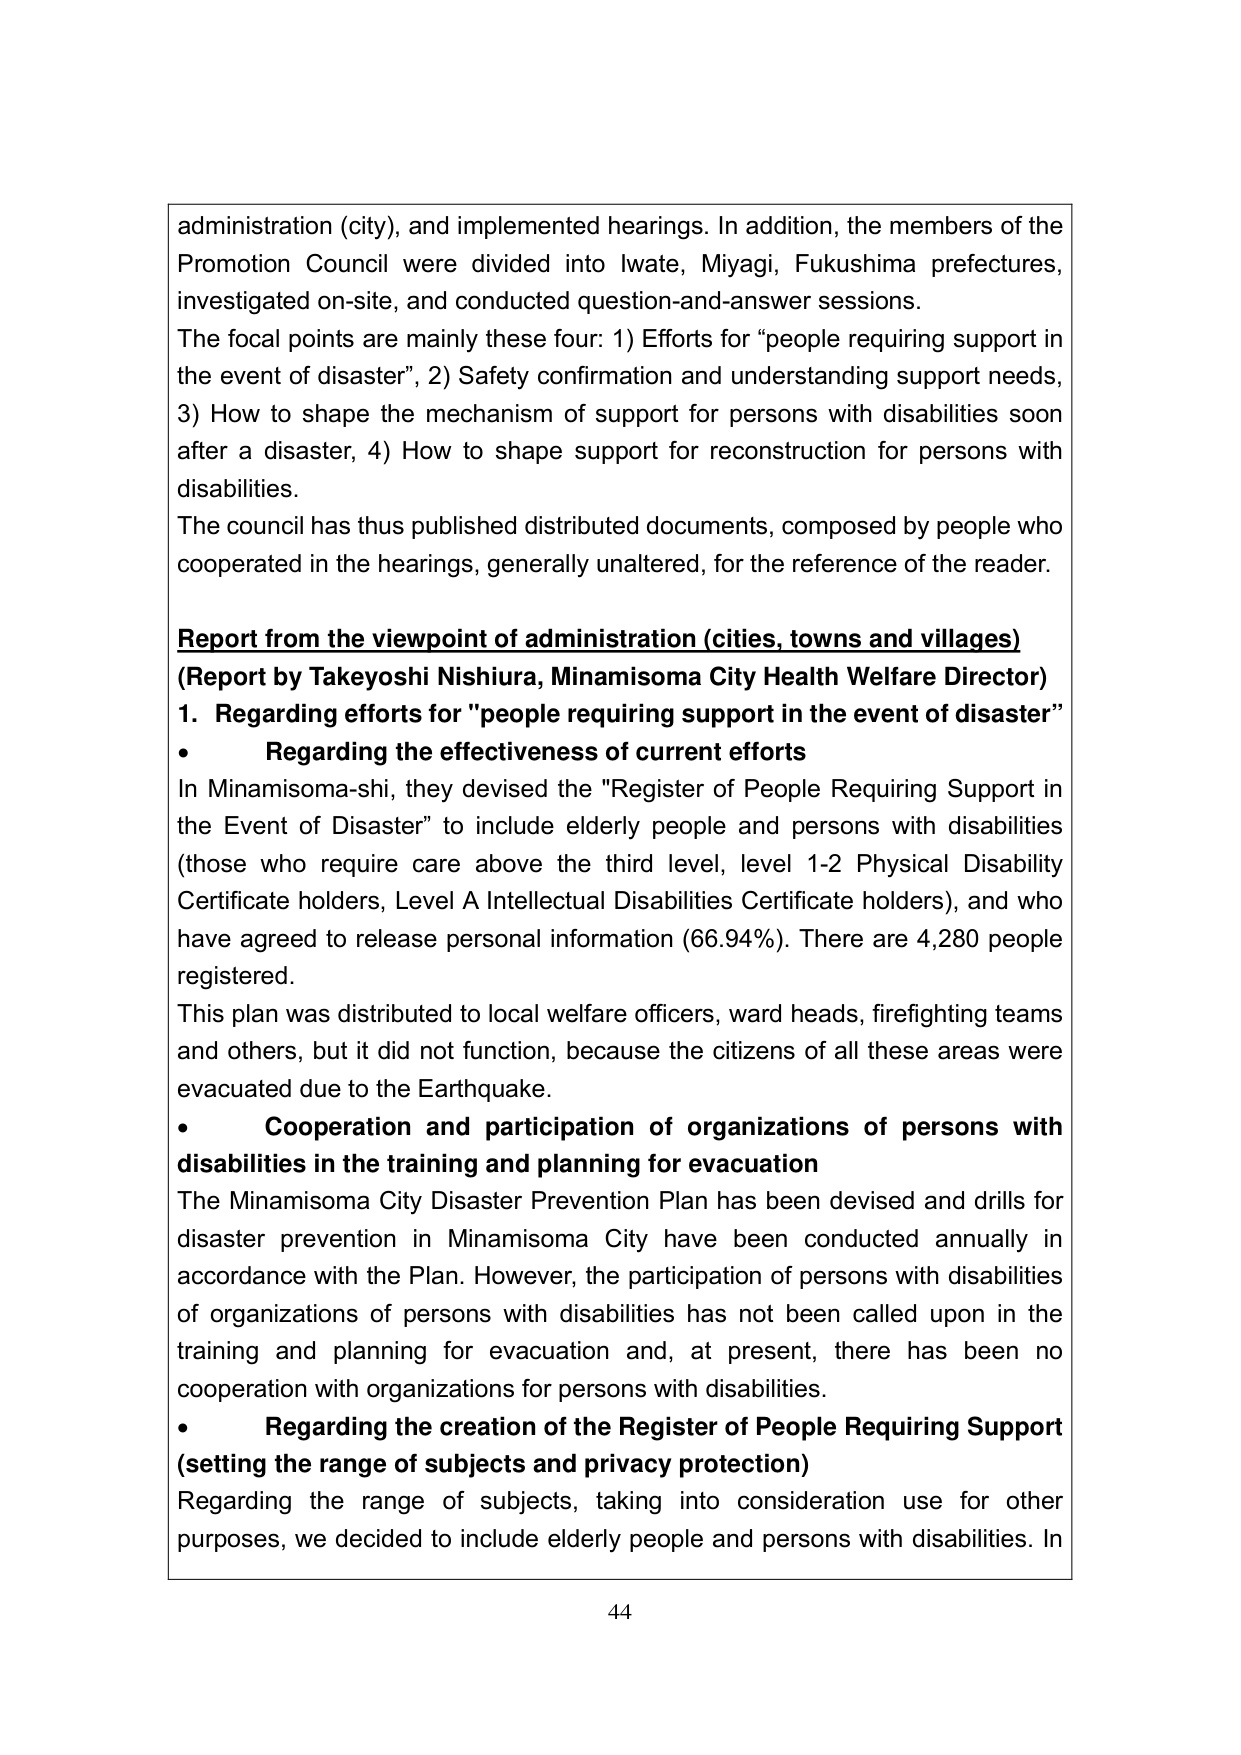
administration (city), and implemented hearings. In addition, the members of the Promotion Council were divided into Iwate, Miyagi, Fukushima prefectures, investigated on-site, and conducted question-and-answer sessions. The focal points are mainly these four: 1) Efforts for “people requiring support in the event of disaster”, 2) Safety confirmation and understanding support needs, 3) How to shape the mechanism of support for persons with disabilities soon after a disaster, 4) How to shape support for reconstruction for persons with disabilities. The council has thus published distributed documents, composed by people who cooperated in the hearings, generally unaltered, for the reference of the reader. Report from the viewpoint of administration (cities, towns and villages) (Report by Takeyoshi Nishiura, Minamisoma City Health Welfare Director) 1. Regarding efforts for "people requiring support in the event of disaster" • Regarding the effectiveness of current efforts In Minamisoma-shi, they devised the "Register of People Requiring Support in the Event of Disaster" to include elderly people and persons with disabilities (those who require care above the third level, level 1-2 Physical Disability Certificate holders, Level A Intellectual Disabilities Certificate holders), and who have agreed to release personal information (66.94%). There are 4,280 people registered. This plan was distributed to local welfare officers, ward heads, firefighting teams and others, but it did not function, because the citizens of all these areas were evacuated due to the Earthquake. • Cooperation and participation of organizations of persons with disabilities in the training and planning for evacuation The Minamisoma City Disaster Prevention Plan has been devised and drills for disaster prevention in Minamisoma City have been conducted annually in accordance with the Plan. However, the participation of persons with disabilities of organizations of persons with disabilities has not been called upon in the training and planning for evacuation and, at present, there has been no cooperation with organizations for persons with disabilities. • Regarding the creation of the Register of People Requiring Support (setting the range of subjects and privacy protection) Regarding the range of subjects, taking into consideration use for other purposes, we decided to include elderly people and persons with disabilities. In 44